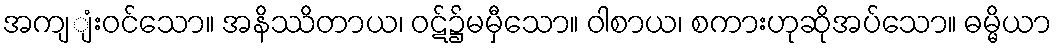
အကျျံးဝင်သော။ အနိဿိတာယ၊ ဝဋ်၌မမှီသော။ ဝါစာယ၊ စကားဟုဆိုအပ်သော။ ဓမ္မိယာ